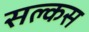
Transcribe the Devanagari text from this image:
सल्कस